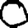
Digit: 0